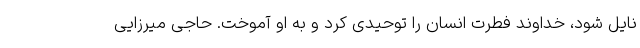
نایل شود، خداوند فطرت انسان را توحیدی کرد و به او آموخت. حاجی میرزایی